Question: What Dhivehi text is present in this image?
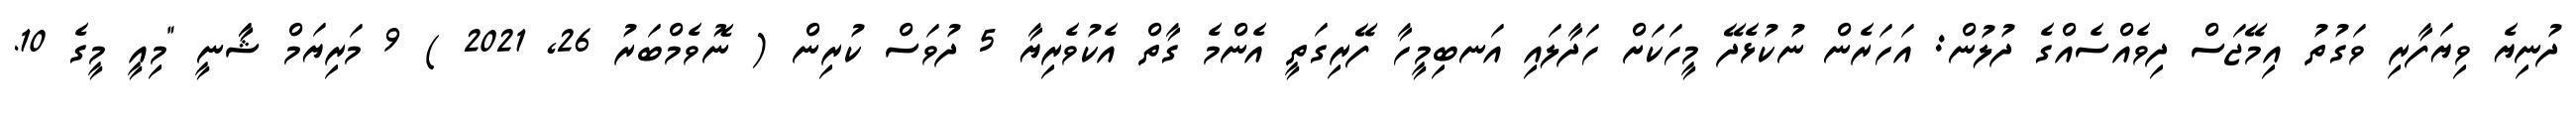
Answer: ދުނިޔެ ވިޔަފާރި ވަގުތު އިމޭޖަސް ދިވެއްސެއްގެ ދުލުން: އަހަރެން ނުކުޅެދޭ މީހަކަށް ހަދާލައި އަނބިމީހާ ފޭރިގަތީ އެންމެ ގާތް އެކުވެރިޔާ 5 ދުވަސް ކުރިން ( ނޮވެމްބަރު 26, 2021 ) 9 މަރިޔަމް ޝާާނީ "މިއީ މީގެ 10.